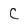
Character: C